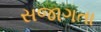
સજાગતા